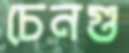
চেনগু